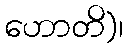
ဟောတိ)၊